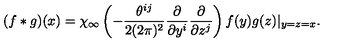
( f \ast g ) ( x ) = \chi _ { \infty } \left( - \frac { \theta ^ { i j } } { 2 ( 2 \pi ) ^ { 2 } } \frac { \partial } { \partial y ^ { i } } \frac { \partial } { \partial z ^ { j } } \right) f ( y ) g ( z ) | _ { y = z = x } .